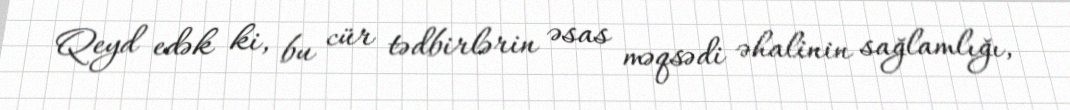
Qeyd edək ki, bu cür tədbirlərin əsas məqsədi əhalinin sağlamlığı,